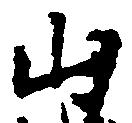
山